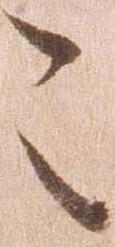
こ